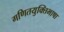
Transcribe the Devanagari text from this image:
गणितयुक्तिभाषा